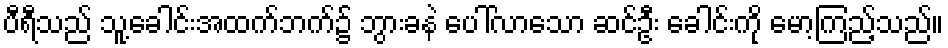
ပီရီသည် သူ့ခေါင်းအထက်ဘက်၌ ဘွားခနဲ ပေါ်လာသော ဆင်ဦး ခေါင်းကို မော့ကြည့်သည်။